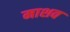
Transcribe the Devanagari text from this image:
माशव